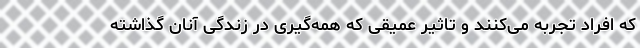
که افراد تجربه می‌کنند و تاثیر عمیقی که همه‌گیری در زندگی آنان گذاشته